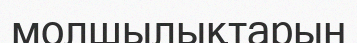
молшылықтарын